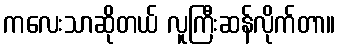
ကလေးသာဆိုတယ် လူကြီးဆန်လိုက်တာ။